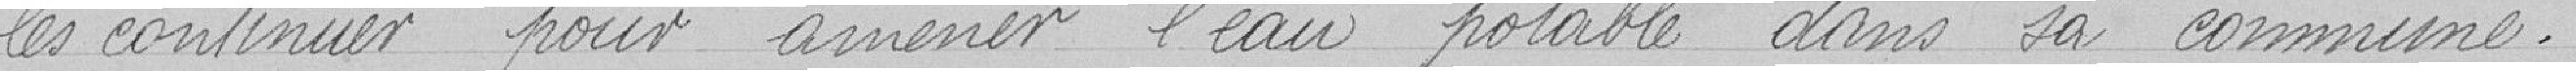
les continuer pour amener l'eau potable dans sa commune.